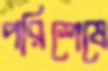
পরিশেষে